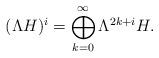
LaTeX: \begin{align*}(\Lambda H)^i = \bigoplus_{k =0}^\infty \Lambda^{2k+i} H.\end{align*}